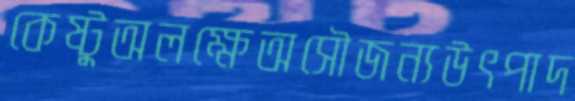
কেষ্টুঅলক্ষেঅসৌজন্যউৎপাদ